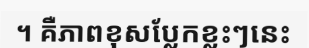
។ គឺភាពខុសប្លែកខ្លះៗនេះ